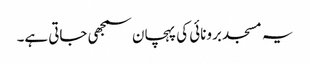
یہ مسجد برونائی کی پہچان سمجھی جاتی ہے۔